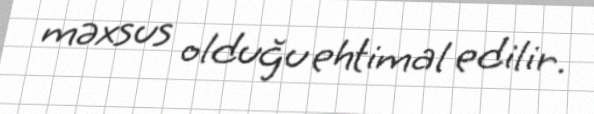
məxsus olduğu ehtimal edilir.